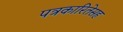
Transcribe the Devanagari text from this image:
पत्रकारितेसह